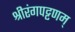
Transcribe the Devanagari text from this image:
श्रीरंगपट्टणम्